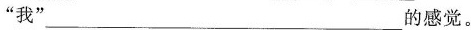
”我”___的感觉。